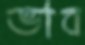
ভাব